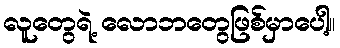
လူတွေရဲ့ လောဘတွေဖြစ်မှာပေါ့။